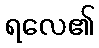
ရလေ၏